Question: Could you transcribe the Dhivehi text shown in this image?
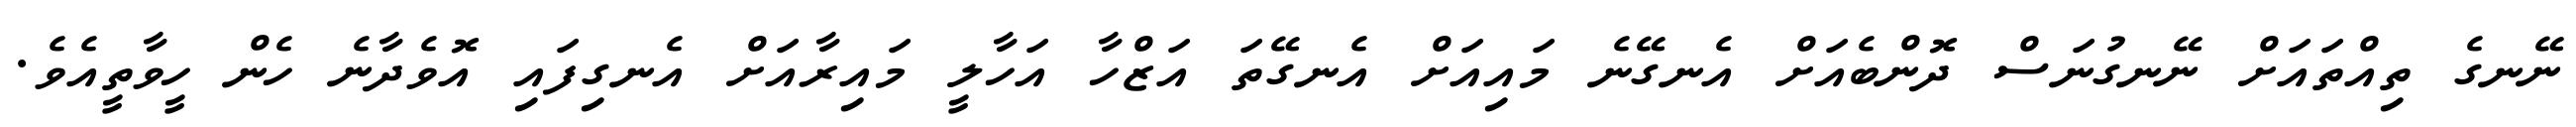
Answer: ނޭނގެ ތިއްތައަށް ނޭނގުނަސް ދޮންބެއަށް އެނގޭނެ މައިއަށް އެނގޭތަ އަޒްހާ އަހާލީ މައިރާއަށް އެނގިފައި އޮވެދާނެ ހެން ހީވާތީއެވެ.